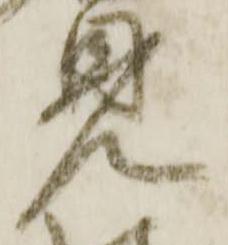
見